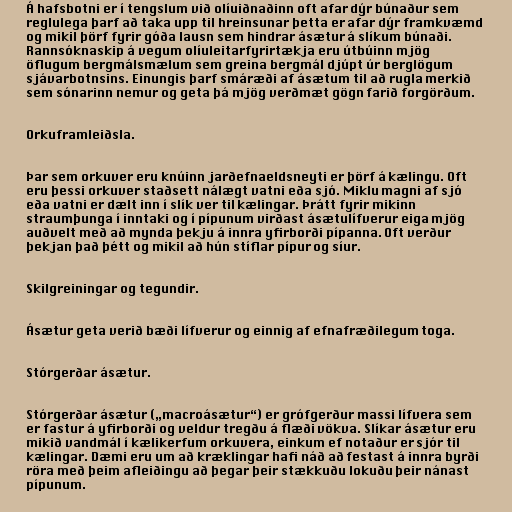
Á hafsbotni er í tengslum við olíuiðnaðinn oft afar dýr búnaður sem
reglulega þarf að taka upp til hreinsunar þetta er afar dýr framkvæmd
og mikil þörf fyrir góða lausn sem hindrar ásætur á slíkum búnaði.
Rannsóknaskip á vegum olíuleitarfyrirtækja eru útbúinn mjög
öflugum bergmálsmælum sem greina bergmál djúpt úr berglögum
sjávarbotnsins. Einungis þarf smáræði af ásætum til að rugla merkið
sem sónarinn nemur og geta þá mjög verðmæt gögn farið forgörðum.

Orkuframleiðsla.

Þar sem orkuver eru knúinn jarðefnaeldsneyti er þörf á kælingu. Oft
eru þessi orkuver staðsett nálægt vatni eða sjó. Miklu magni af sjó
eða vatni er dælt inn í slík ver til kælingar. Þrátt fyrir mikinn
straumþunga í inntaki og í pípunum virðast ásætulífverur eiga mjög
auðvelt með að mynda þekju á innra yfirborði pípanna. Oft verður
þekjan það þétt og mikil að hún stíflar pípur og síur.

Skilgreiningar og tegundir.

Ásætur geta verið bæði lífverur og einnig af efnafræðilegum toga.

Stórgerðar ásætur.

Stórgerðar ásætur („macroásætur“) er grófgerður massi lífvera sem
er fastur á yfirborði og veldur tregðu á flæði vökva. Slíkar ásætur eru
mikið vandmál í kælikerfum orkuvera, einkum ef notaður er sjór til
kælingar. Dæmi eru um að kræklingar hafi náð að festast á innra byrði
röra með þeim afleiðingu að þegar þeir stækkuðu lokuðu þeir nánast
pípunum.